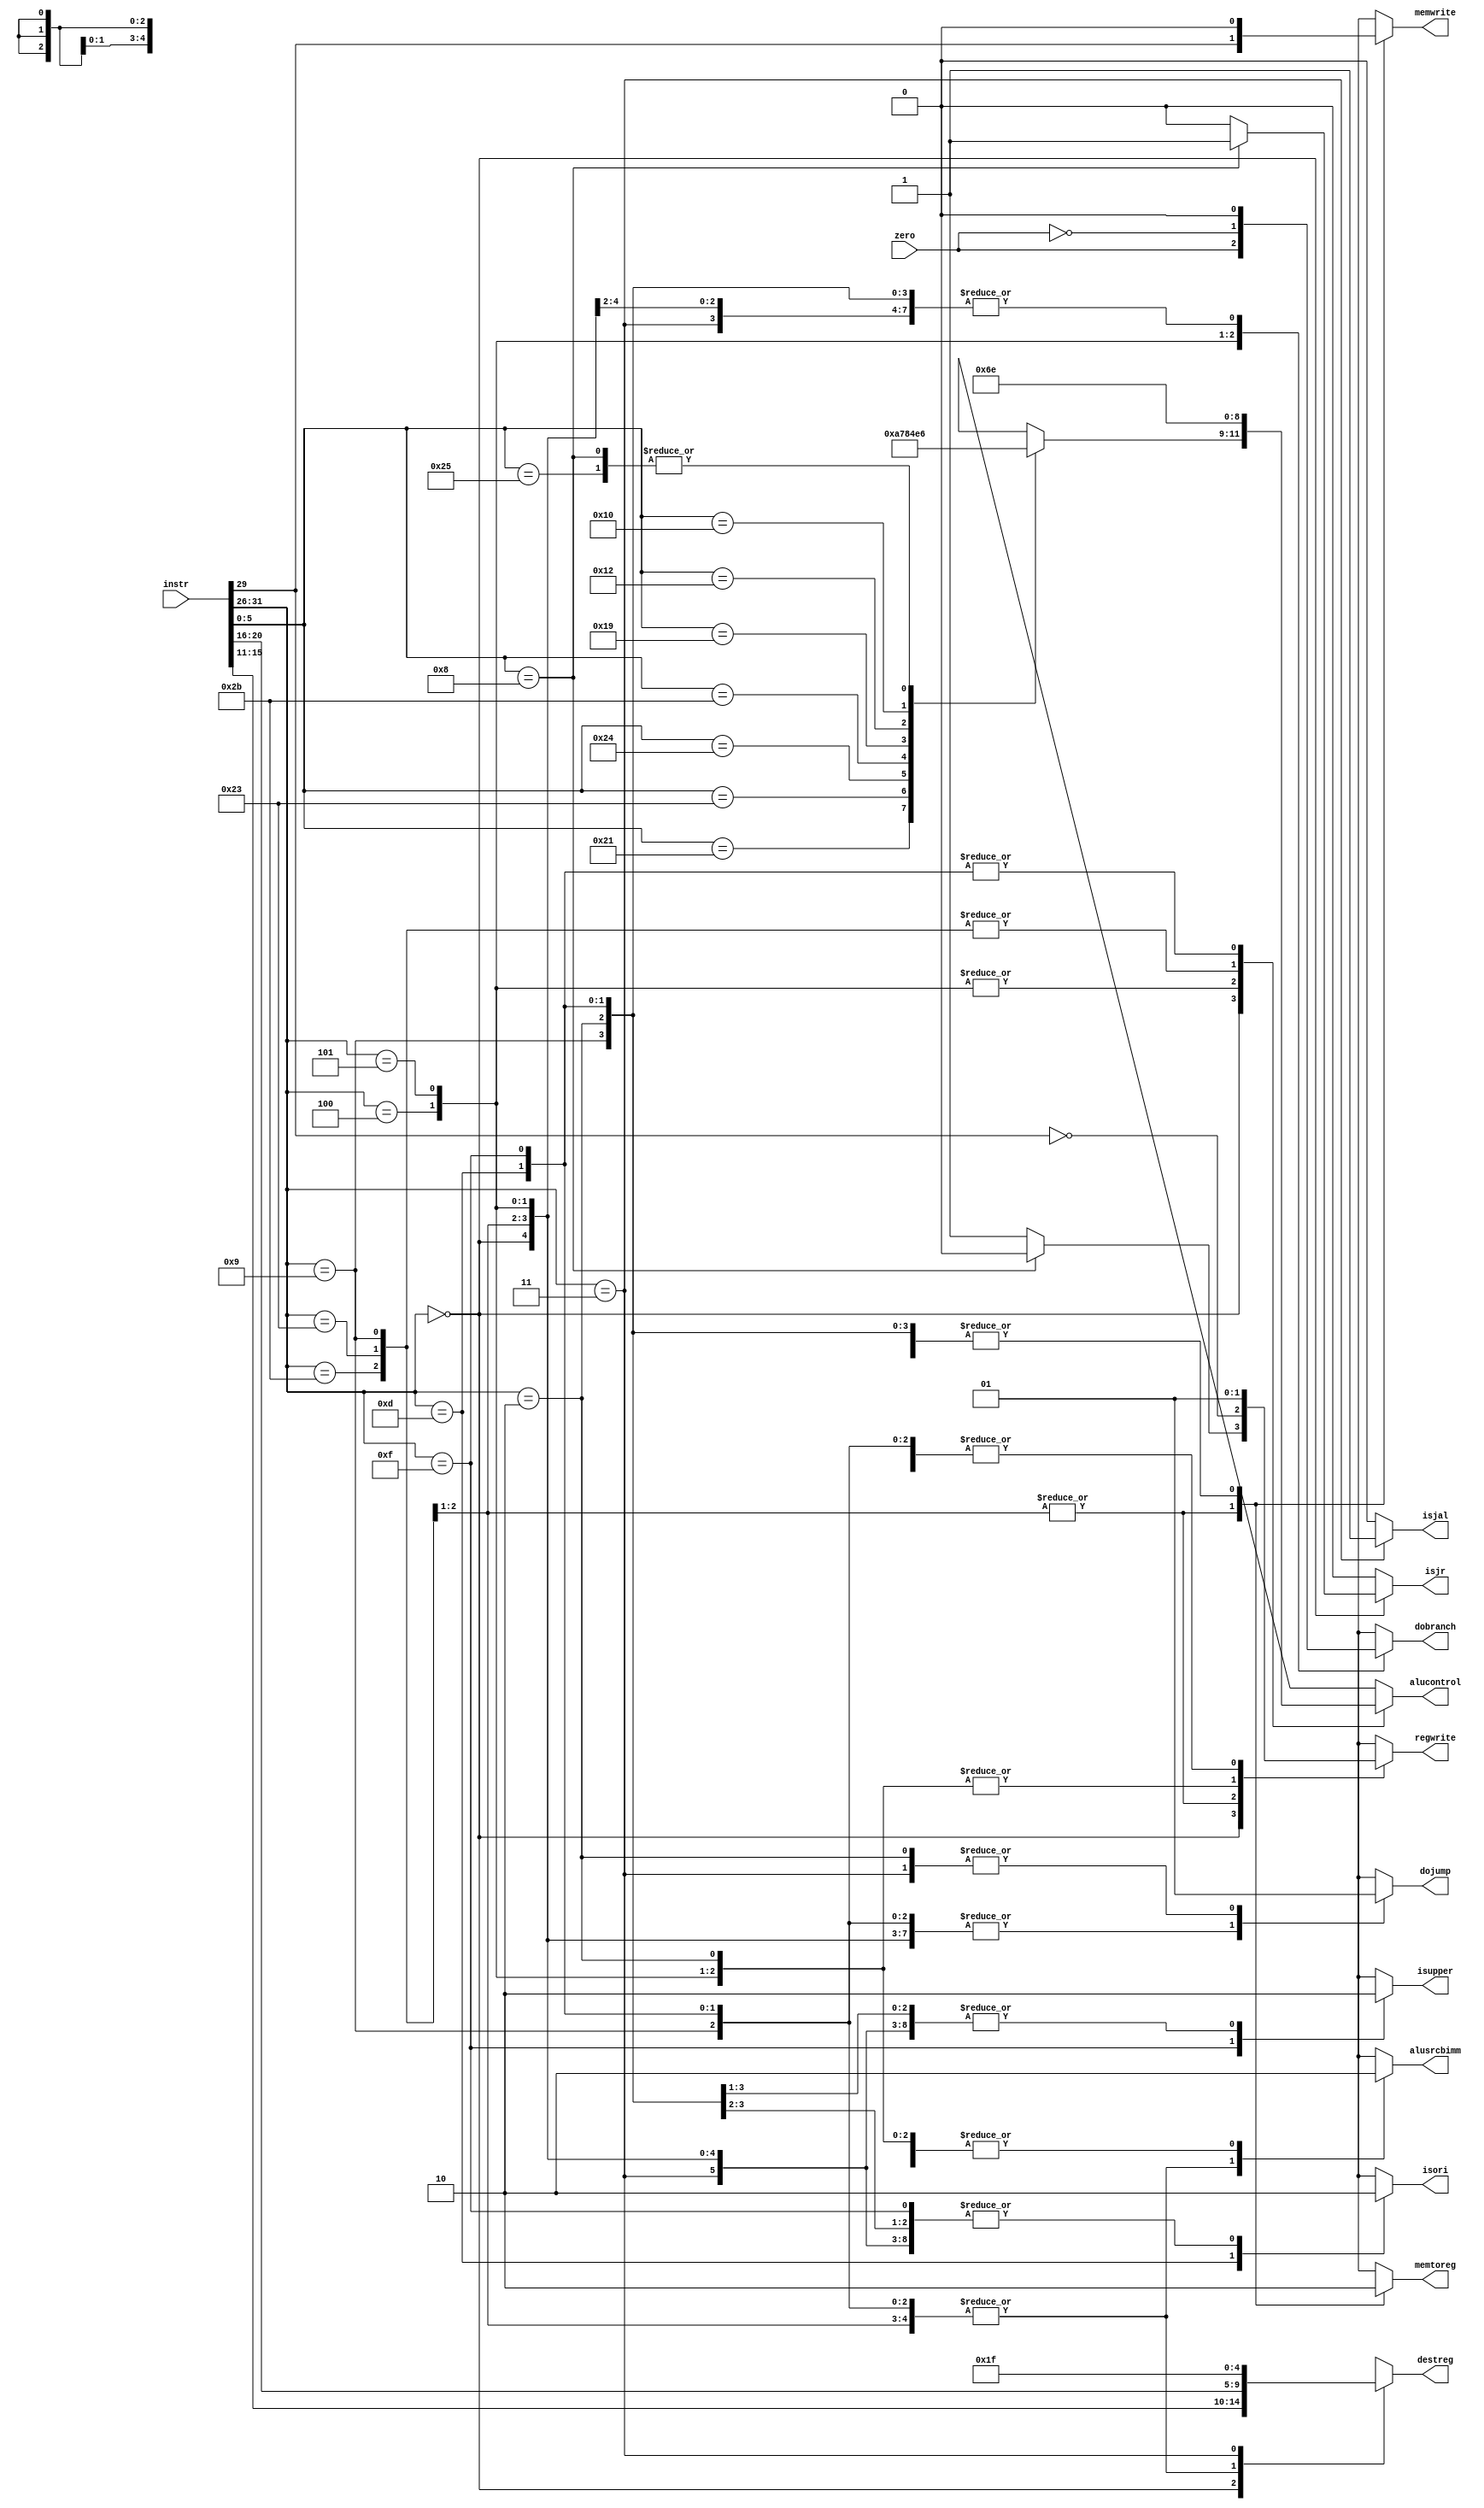
module Decoder(
	input     [31:0] instr,      // Instruction word
	input            zero,       // Does the current operation in the datapath return 0 as result?
	output reg       memtoreg,   // Use the loaded word instead of the ALU result as result
	output reg       memwrite,   // Write to the data memory
	output reg       dobranch,   // Perform a relative jump
	output reg       alusrcbimm, // Use the immediate value as second operand
	output reg [4:0] destreg,    // Number of the target register to (possibly) be written 
	output reg       regwrite,   // Write to the target register
	output reg       dojump,     // Perform an absolute jump
	output reg [2:0] alucontrol, // ALU control bits
	output reg       isori,		 // Choose zero extended immediate
	output reg       isupper,	 // Choose upper extended immediate
	output reg       isjal,
	output reg 		 isjr
);
	// Extract the primary and secondary opcode
	wire [5:0] op = instr[31:26];
	wire [5:0] funct = instr[5:0];

	always @*
	begin
		isjal=0;
		isjr=0;
		case (op)
			6'b000000: // R-type instruction
				begin
					regwrite = 1;
					destreg = instr[15:11];
					alusrcbimm = 0;
					dobranch = 0;
					memwrite = 0;
					memtoreg = 0;
					dojump = 0;
					isori=0;
					isupper=0;
					case (funct)
						6'b100001: alucontrol = 3'b101; // TODO // addition unsigned
						6'b100011: alucontrol = 3'b001; // TODO // subtraction unsigned
						6'b100100: alucontrol = 3'b111; // TODO // and
						6'b100101: alucontrol = 3'b110; // TODO // or
						6'b101011: alucontrol = 3'b000; // TODO // set-less-than unsigned
						6'b011001: alucontrol = 3'b010; // multu
						6'b010010: alucontrol = 3'b011; // mflo
						6'b010000: alucontrol = 3'b100; // mfhi
						6'b001000: begin				//jr
							regwrite=0;
							alucontrol=3'b110;
							isjr=1; end 
						default:   alucontrol = 3'bxxx; // TODO // undefined
					endcase
				end
			6'b100011, // Load data word from memory
			6'b101011: // Store data word
				begin
					regwrite = ~op[3];
					destreg = instr[20:16];
					alusrcbimm = 1;
					dobranch = 0;
					memwrite = op[3];
					memtoreg = 1;
					dojump = 0;
					isori=0;
					isupper=0;
					alucontrol = 3'b101;// TODO // Effective address: Base register + offset
				end
			6'b000100: // Branch Equal
				begin
					regwrite = 0;
					destreg = 5'bx;
					alusrcbimm = 0;
					dobranch = zero; // Equality test
					memwrite = 0;
					memtoreg = 0;
					dojump = 0;
					isori=0;
					isupper=0;
					alucontrol = 3'b001; // TODO // Subtraction
				end
			6'b000101: // Branch Not Equal
				begin
					regwrite = 0;
					destreg = 5'bx;
					alusrcbimm = 0;
					dobranch = !zero; // Equality test
					memwrite = 0;
					memtoreg = 0;
					dojump = 0;
					isori=0;
					isupper=0;
					alucontrol = 3'b001; // TODO // Subtraction
				end
			6'b001001: // Addition immediate unsigned
				begin
					regwrite = 1;
					destreg = instr[20:16];
					alusrcbimm = 1;
					dobranch = 0;
					memwrite = 0;
					memtoreg = 0;
					dojump = 0;
					isori=0;
					isupper=0;
					alucontrol = 3'b101; // TODO // Addition
				end
			6'b000010: // Jump immediate
				begin
					regwrite = 0;
					destreg = 5'bx;
					alusrcbimm = 0;
					dobranch = 0;
					memwrite = 0;
					memtoreg = 0;
					dojump = 1;
					isori=0;
					isupper=0;
					alucontrol = 3'bxxx;// TODO
				end
			6'b001101: // ORI
				begin
					regwrite = 1;
					destreg = instr[20:16];
					alusrcbimm = 1;
					dobranch = 0;
					memwrite = 0;
					memtoreg = 0;
					dojump = 0;
					isori=1;
					isupper=0;
					alucontrol = 3'b110; // OR 
				end
			6'b001111: // LUI
				begin
					regwrite = 1;
					destreg = instr[20:16];
					alusrcbimm = 1;
					dobranch = 0;
					memwrite = 0;
					memtoreg = 0;
					dojump = 0;
					isori=0;
					isupper=1;
					alucontrol = 3'b110 ; // OR 
				end	
			 6'b000011: // JAL
				begin
					regwrite = 1;
					destreg = 5'b11111;
					alusrcbimm = 0;
					dobranch = 0;
					memwrite = 0;
					memtoreg = 0;
					dojump = 1;
					isori=0;
					isupper=0;
					isjal =1;
					alucontrol = 3'bx ; // OR 
				end	
			default: // Default case
				begin
					regwrite = 1'bx;
					destreg = 5'bx;
					alusrcbimm = 1'bx;
					dobranch = 1'bx;
					memwrite = 1'bx;
					memtoreg = 1'bx;
					dojump =  1'bx;
					isori  =  1'bx;
					isupper=  1'bx;
					alucontrol = 3'bxxx; // TODO
				end
		endcase
	end
endmodule